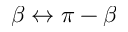
\beta \leftrightarrow \pi - \beta